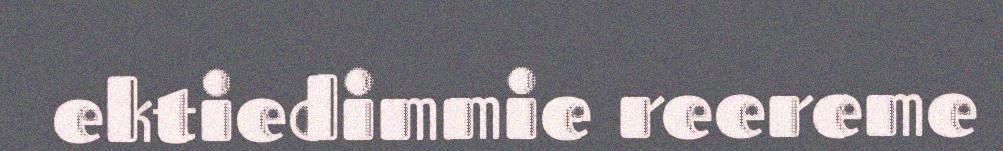
ektiedimmie reereme